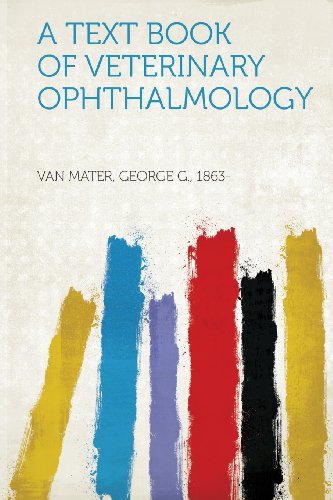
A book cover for A Text Book of Veterinary Ophthalmology; Van Mater George G. 1863-; Medical Books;